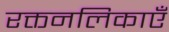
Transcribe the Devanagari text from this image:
रक्तनलिकाएँ